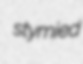
stymied